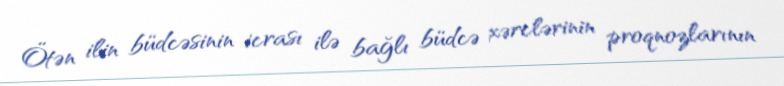
Ötən ilin büdcəsinin icrası ilə bağlı büdcə xərclərinin proqnozlarının